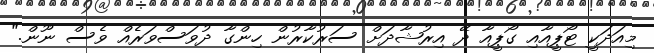
މިއަދަކީ ޓޯޕީއާއި ގޯޕީއާ ދޭ އިރުޝާދަށް ސަރުކާރުން ހިންގާ ދުވަސްވަރެއް ވެސް ނޫން."